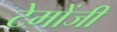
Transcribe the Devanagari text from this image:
टेमोंजी